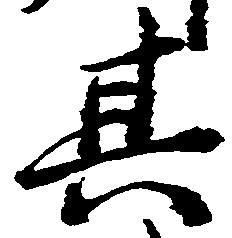
其